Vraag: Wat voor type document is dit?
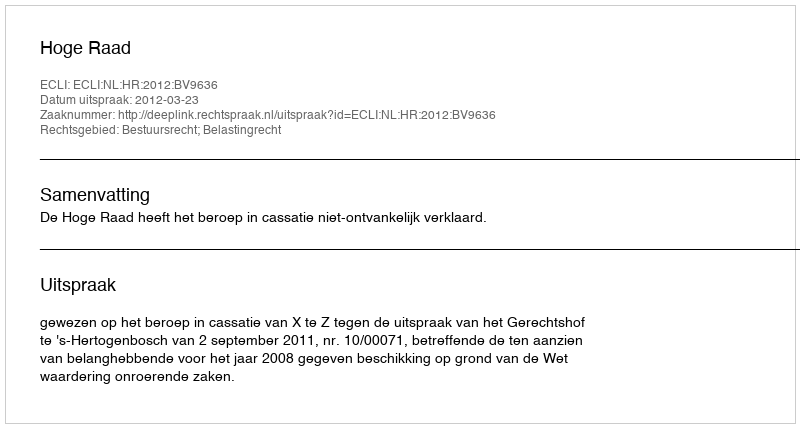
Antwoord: Uitspraak